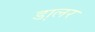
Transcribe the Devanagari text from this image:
डा़लर